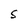
Character: S